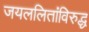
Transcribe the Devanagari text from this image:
जयललितांविरुद्ध